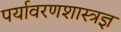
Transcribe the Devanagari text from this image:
पर्यावरणशास्त्रज्ञ